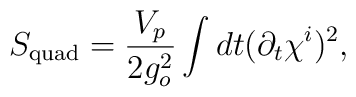
S_{\mathrm{quad}}=\frac{V_p}{2g_o^2}\int dt(\partial_t\chi^i)^2,